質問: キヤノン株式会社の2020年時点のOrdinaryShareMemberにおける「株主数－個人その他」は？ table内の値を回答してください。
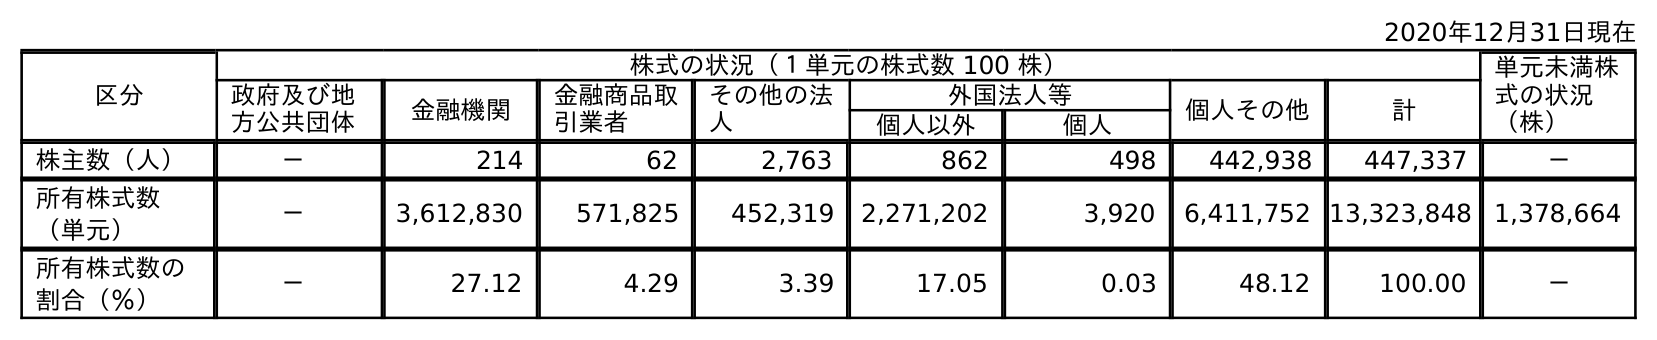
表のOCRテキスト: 2020年12月31日現在 区分 株式の状況（１単元の株式数 100 株） 単元未満株 式の状況 （株） 政府及び地 方公共団体 金融機関 金融商品取 引業者 その他の法 人 外国法人等 個人その他 計 個人以外 個人 株主数（人） － 214 62 2,763 862 498 442,938 447,337 － 所有株式数 （単元） － 3,612,830 571,825 452,319 2,271,202 3,920 6,411,752 13,323,848 1,378,664 所有株式数の 割合（％） － 27.12 4.29 3.39 17.05 0.03 48.12 100.00 －
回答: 442,938